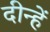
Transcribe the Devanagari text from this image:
दीन्‍हें